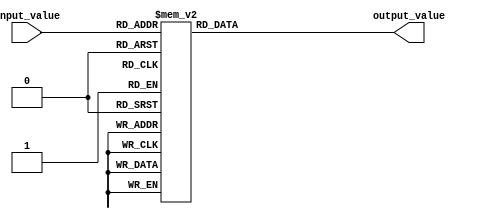
module generate_case (
    input [2:0] input_value,
    output reg [3:0] output_value
);

always @ (*)
begin
    case (input_value)
        3'b000: output_value = 4'b0000;
        3'b001: output_value = 4'b0001;
        3'b010: output_value = 4'b0010;
        3'b011: output_value = 4'b0011;
        3'b100: output_value = 4'b0100;
        3'b101: output_value = 4'b0101;
        3'b110: output_value = 4'b0110;
        3'b111: output_value = 4'b0111;
        default: output_value = 4'b1111;
    endcase
end

endmodule